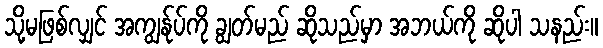
သို့မဖြစ်လျှင် အကျွန်ုပ်ကို ချွတ်မည် ဆိုသည်မှာ အဘယ်ကို ဆိုပါ သနည်း။